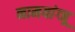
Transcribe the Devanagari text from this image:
नामयांग्जू